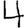
Digit: 4